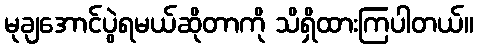
မုချအောင်ပွဲရမယ်ဆိုတာကို သိရှိထားကြပါတယ်။